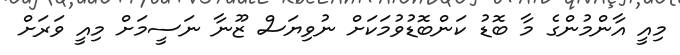
މިއީ އާންމުންގެ މާ ބޮޑު ކަންބޮޑުވުމަކަށް ނުވިޔަސް ޒޫނާ ނަސީމަށް މިއީ ވަރަށް